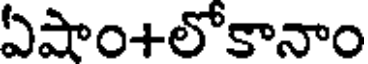
ఏషాం+లోకానాం